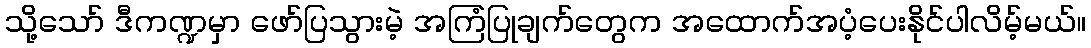
သို့သော် ဒီကဏ္ဍမှာ ဖော်ပြသွားမဲ့ အကြံပြုချက်တွေက အထောက်အပံ့ပေးနိုင်ပါလိမ့်မယ်။